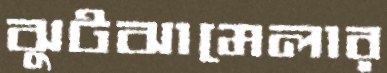
ঝুটঝামেলার